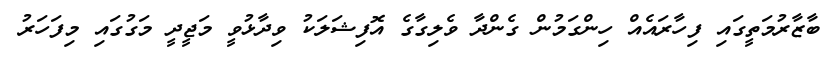
ބާޒާރުމަތީގައި ފިހާރައެއް ހިންގަމުން ގެންދާ ވެލިގާގެ އޮފިޝަލަކު ވިދާޅުވީ މަޖީދީ މަގުގައި މިފަހަރު